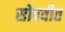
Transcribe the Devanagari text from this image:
सोपवीत